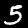
Digit: 5